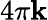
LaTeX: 4\pi\mathbf{k}